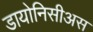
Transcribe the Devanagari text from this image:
डायोनिसीअस